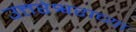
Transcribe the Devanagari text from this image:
उत्तरेश्वराच्या